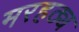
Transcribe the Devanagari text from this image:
मरहठ्य